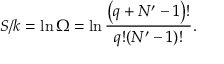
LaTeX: S / k = \ln \Omega = \ln { \frac { \left( q + N ^ { \prime } - 1 \right) ! } { q ! ( N ^ { \prime } - 1 ) ! } } .